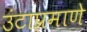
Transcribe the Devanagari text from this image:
उंटाप्रमाणे